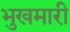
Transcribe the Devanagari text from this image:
भुखमारी